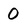
Character: 0